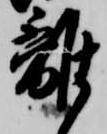
離